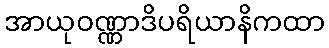
အာယုဝဏ္ဏာဒိပရိယာနိကထာ